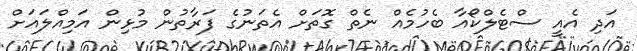
އަދި އެއީ ސްޓެލްކޯއާ ބެހުމެއް ނެތް ގޮތަށް އެތަނުގެ ފަރާތުން މުޅިން އަމިއްލައަށް